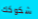
شكوكك